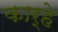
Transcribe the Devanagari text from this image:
कार्हे